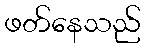
ဖတ်နေသည်